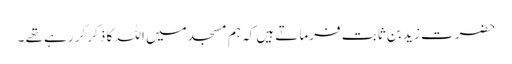
حضرت زید بن ثابت فرماتے ہیں کہ ہم مسجد میں اللہ کا ذکرکر رہے تھے ۔